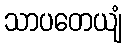
သာပတေယျံ